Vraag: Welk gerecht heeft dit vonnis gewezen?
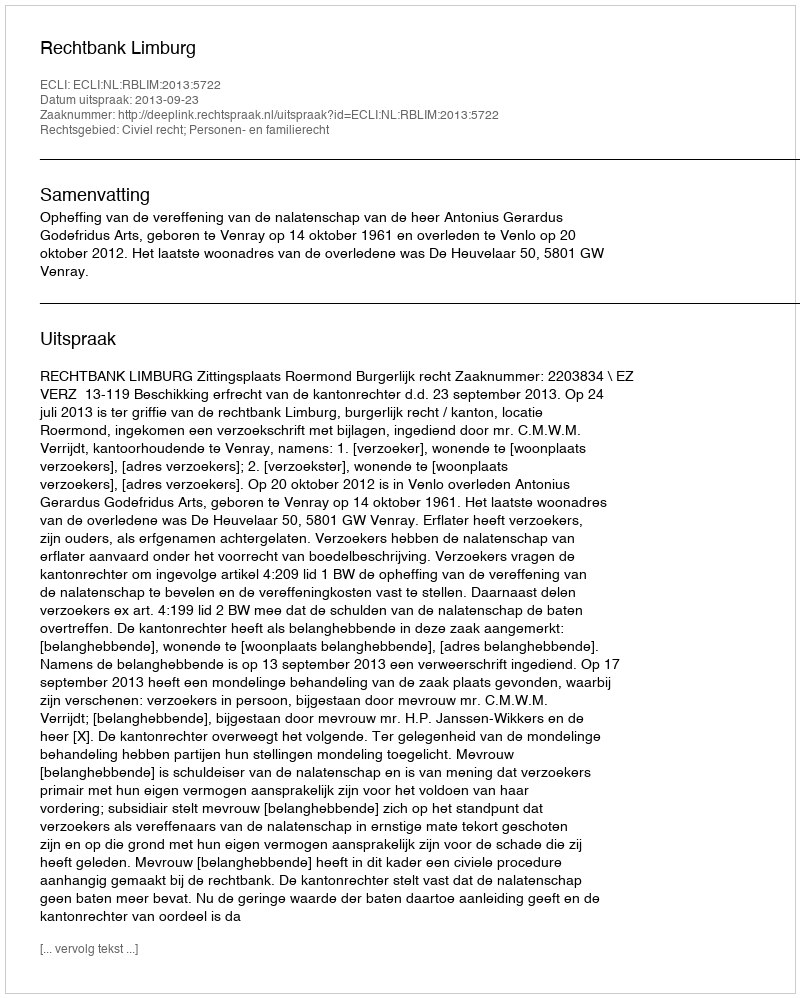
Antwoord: Rechtbank Limburg